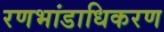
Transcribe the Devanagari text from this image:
रणभांडाधिकरण